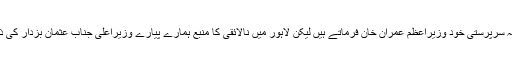
اسلام آباد میں تو یہ سرپرستی خود وزیراعظم عمران خان فرماتے ہیں لیکن لاہور میں نالائقی کا منبع ہمارے پیارے وزیراعلیٰ جناب عثمان بزدار کی ذاتِ با برکات ہے۔